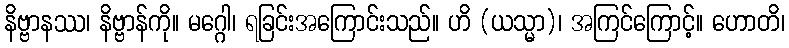
နိဗ္ဗာနဿ၊ နိဗ္ဗာန်ကို။ မဂ္ဂေါ၊ ရခြင်းအကြောင်းသည်။ ဟိ (ယသ္မာ)၊ အကြင်ကြောင့်။ ဟောတိ၊